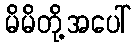
မိမိတို့အပေါ်